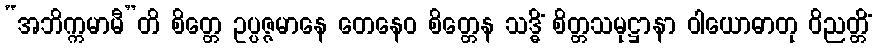
“အဘိက္ကမာမီ”တိ စိတ္တေ ဥပ္ပဇ္ဇမာနေ တေနေဝ စိတ္တေန သဒ္ဓိံ စိတ္တသမုဋ္ဌာနာ ဝါယောဓာတု ဝိညတ္တိံ